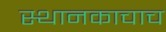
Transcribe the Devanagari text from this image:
स्थानकाचाच